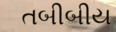
તબીબીય